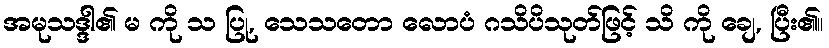
အမုသဒ္ဒါ၏ မ ကို သ ပြု, သေသတော လောပံ ဂသိပိသုတ်ဖြင့် သိ ကို ချေ, ပြီး၏။